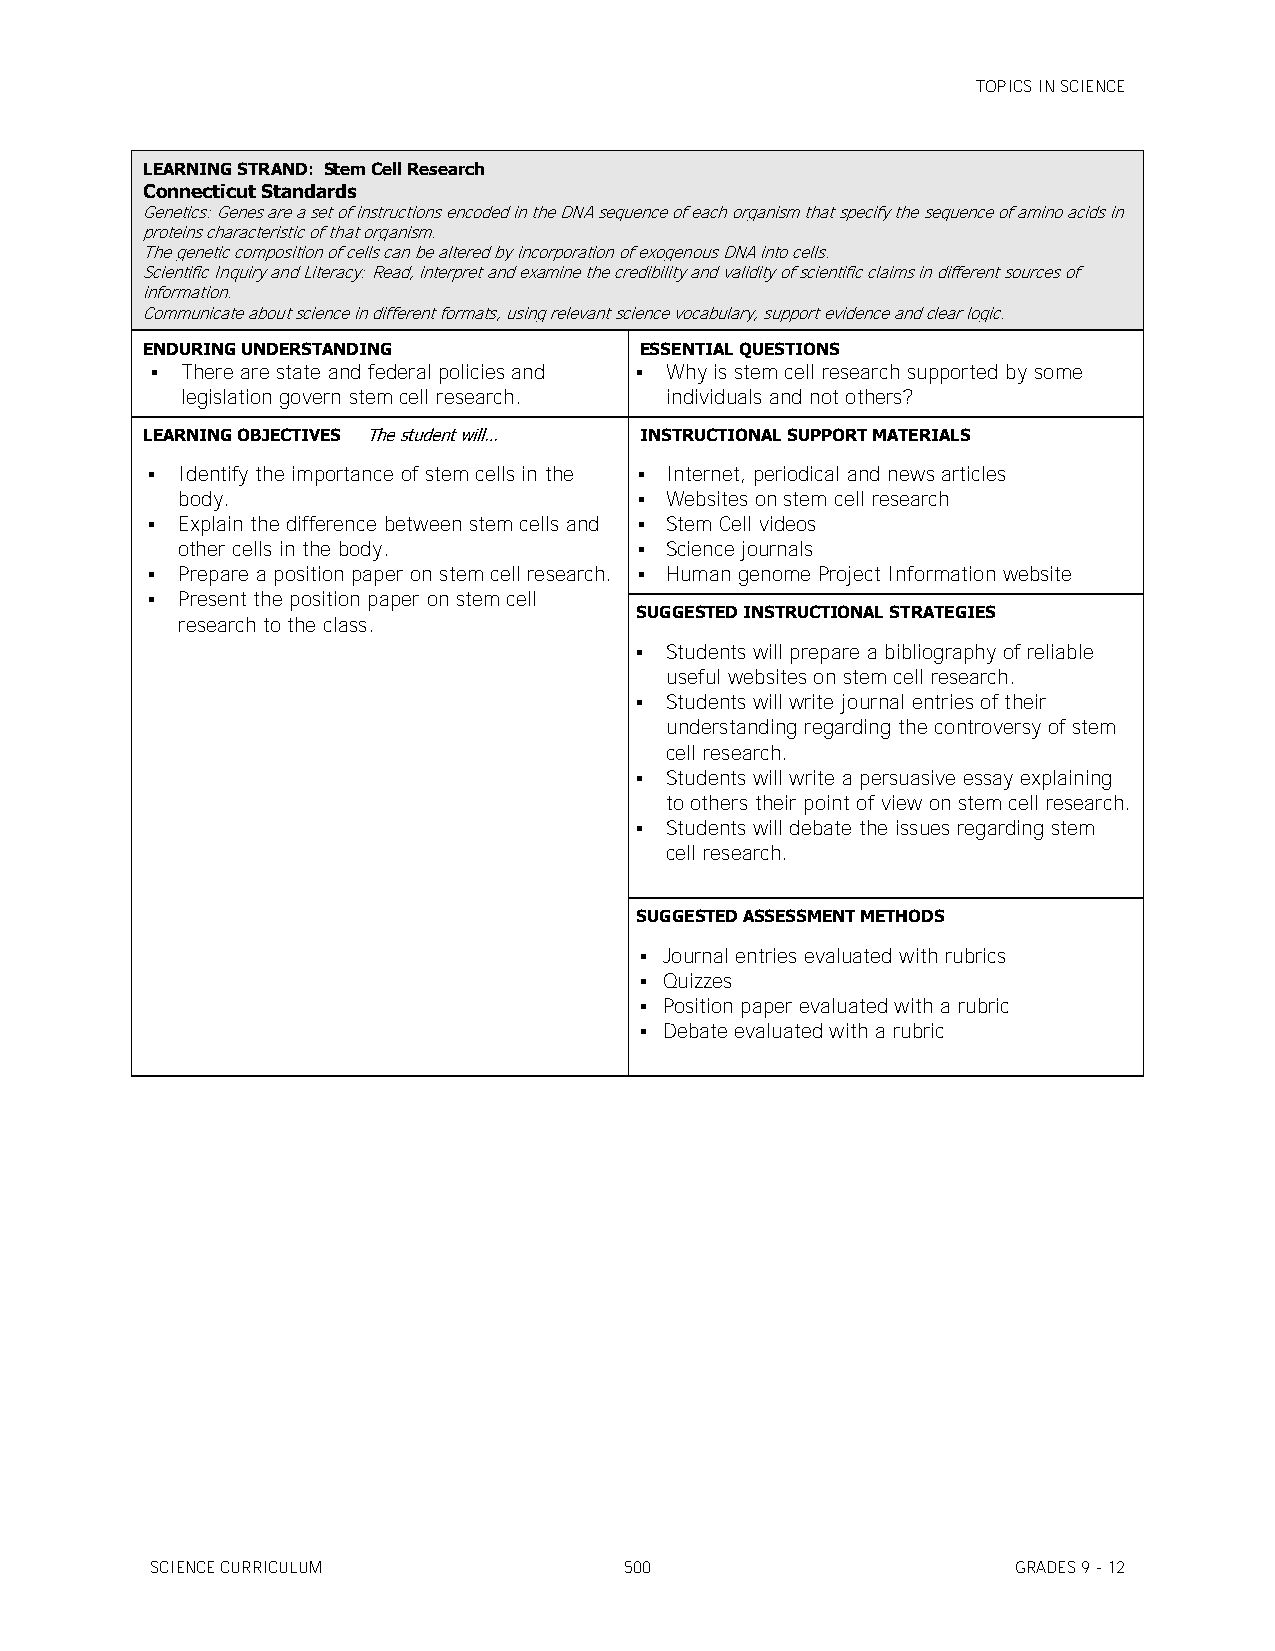
TOPICS IN SCIENCE
 LEARNING STRAND: Stem Cell Research
 Connecticut Standards
 Genetics: Genes are a set of instructions encoded in the DNA sequence of each organism that specify the sequence of amino acids in
 proteins characteristic of that organism.
 The genetic composition of cells can be altered by incorporation of exogenous DNA into cells.
 Scientific Inquiry and Literacy: Read, interpret and examine the credibility and validity of scientific claims in different sources of
 information.
 Communicate about science in different formats, using relevant science vocabulary, support evidence and clear logic.
 ENDURING UNDERSTANDING           ESSENTIAL QUESTIONS
  There are state and federal policies and  Why is stem cell research supported by some
 legislation govern stem cell research. individuals and not others?
 LEARNING OBJECTIVES The student will… INSTRUCTIONAL SUPPORT MATERIALS
  Identify the importance of stem cells in the  Internet, periodical and news articles
 body.                          Websites on stem cell research
  Explain the difference between stem cells and  Stem Cell videos
 other cells in the body.       Science journals
  Prepare a position paper on stem cell research.  Human genome Project Information website
  Present the position paper on stem cell
 SUGGESTED INSTRUCTIONAL STRATEGIES
 research to the class.
  Students will prepare a bibliography of reliable
 useful websites on stem cell research.
  Students will write journal entries of their
 understanding regarding the controversy of stem
 cell research.
  Students will write a persuasive essay explaining
 to others their point of view on stem cell research.
  Students will debate the issues regarding stem
 cell research.
 SUGGESTED ASSESSMENT METHODS
  Journal entries evaluated with rubrics
  Quizzes
  Position paper evaluated with a rubric
  Debate evaluated with a rubric
 SCIENCE CURRICULUM             500                       GRADES 9 - 12